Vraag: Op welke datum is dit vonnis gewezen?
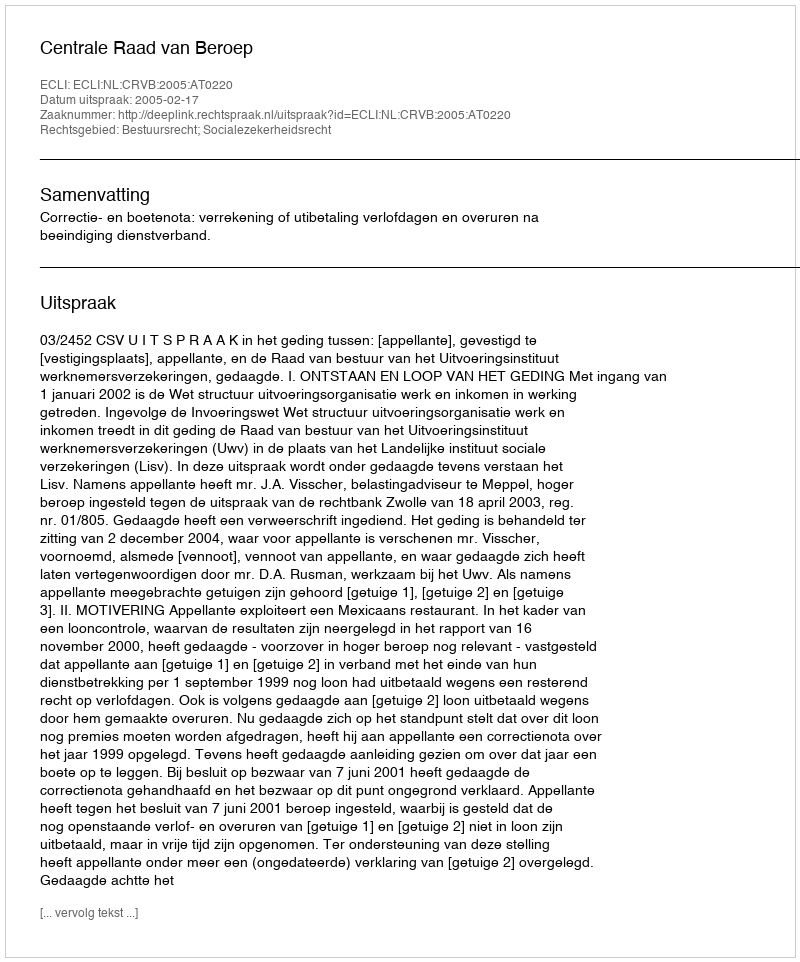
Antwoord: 2005-02-17